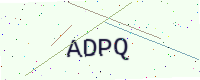
Text: ADPQ